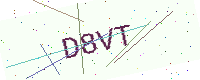
Text: D8VT